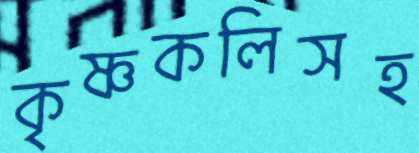
কৃষ্ণকলিসহ